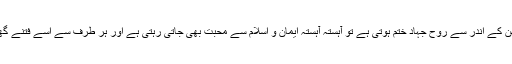
جب بھی مومن کے اندر سے روح جہاد ختم ہوتی ہے تو آہستہ آہستہ ایمان و اسلام سے محبت بھی جاتی رہتی ہے اور ہر طرف سے اسے فتنے گھیر لیتے ہیں ۔